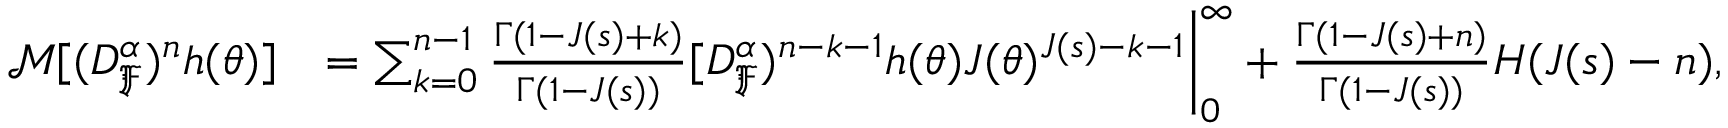
\begin{array} { r l } { \mathcal { M } [ ( D _ { \mathfrak { F } } ^ { \alpha } ) ^ { n } h ( \theta ) ] } & { = \sum _ { k = 0 } ^ { n - 1 } \frac { \Gamma ( 1 - J ( s ) + k ) } { \Gamma ( 1 - J ( s ) ) } [ D _ { \mathfrak { F } } ^ { \alpha } ) ^ { n - k - 1 } h ( \theta ) J ( \theta ) ^ { J ( s ) - k - 1 } \bigg | _ { 0 } ^ { \infty } + \frac { \Gamma ( 1 - J ( s ) + n ) } { \Gamma ( 1 - J ( s ) ) } H ( J ( s ) - n ) , } \end{array}